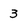
Character: 3